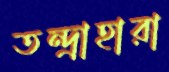
তন্দ্রাহারা